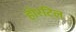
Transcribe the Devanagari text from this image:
होरटिल